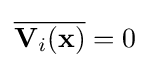
{\overline {\mathbf {V} _{i}(\mathbf {x} )}}=0